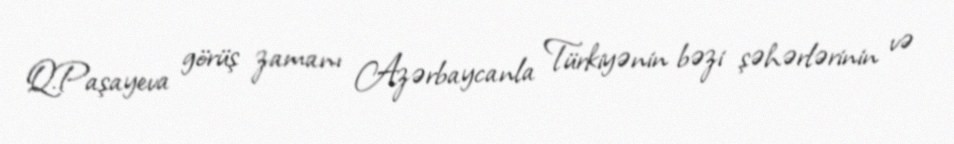
Q.Paşayeva görüş zamanı Azərbaycanla Türkiyənin bəzi şəhərlərinin və